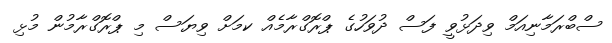
ސްބްރަމާނިއަމް ވިދަޅުވީ ފަސް ދުވަހުގެ ޕްރޮގްރާމެއް ކމަށް ވިޔަސް މި ޕްރޮގްރާމުން މުޅި